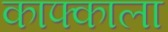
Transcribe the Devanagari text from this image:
काफ्काला